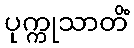
ပုက္ကုသာတိံ